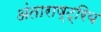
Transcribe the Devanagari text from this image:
अंताराष्ट्रिय